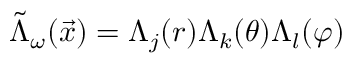
\tilde { \Lambda } _ { \omega } ( \Vec { x } ) = \Lambda _ { j } ( r ) \Lambda _ { k } ( \theta ) \Lambda _ { l } ( \varphi )